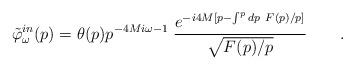
LaTeX: \begin{align*}\tilde \varphi_\omega^{in} (p) = \theta (p) p^{- 4 M i \omega-1} \; {e^{-i 4M [ p - \int^p d p \ F (p) / p ]} \over \sqrt { F (p) / p }} \qquad .\end{align*}